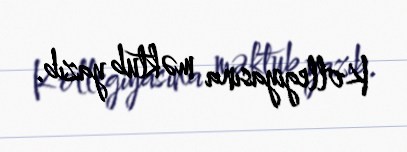
Kollegiyasına məktub yazıb.